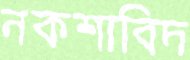
নকশাবিদ